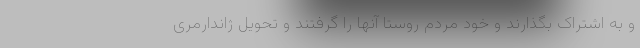
و به اشتراک بگذارند و خود مردم روستا آنها را گرفتند و تحویل ژاندارمری